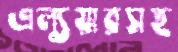
এল্যুয়ারসহ